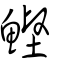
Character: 鰹